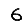
Digit: 6